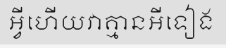
អ្វីហើយវាគ្មានអីទៀង